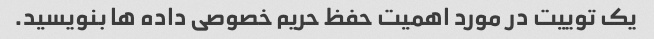
یک توییت در مورد اهمیت حفظ حریم خصوصی داده ها بنویسید.